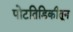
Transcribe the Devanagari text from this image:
पोटतिडिकीतून